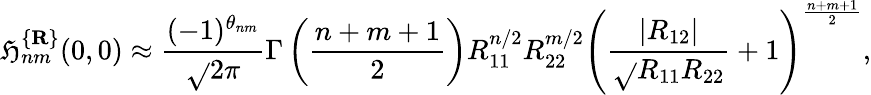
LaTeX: \mathfrak{H}_{nm}^{\{ {\mathbf{R}}\} }(0,0)\approx\frac{{(-1)^{\theta_{nm}}}}{{\sqrt{}{{2\pi}}}}\Gamma\left(\frac{{n+m+1}}{2}\right)R_{11}^{n/2}R_{22}^{m/2}\left(\frac{{|R_{12}|}}{{\sqrt{}{{R_{11}R_{22}}}}}+1\right)^{\frac{{n+m+1}}{2}},